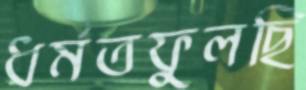
ধর্মতফুলছি